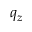
q _ { z }